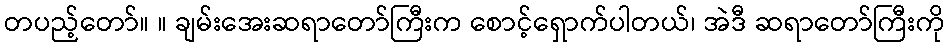
တပည့်တော်။ ။ ချမ်းအေးဆရာတော်ကြီးက စောင့်ရှောက်ပါတယ်၊ အဲဒီ ဆရာတော်ကြီးကို